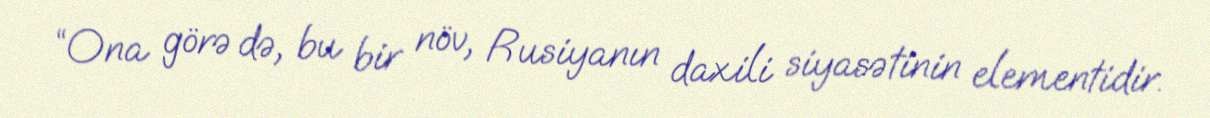
“Ona görə də, bu bir növ, Rusiyanın daxili siyasətinin elementidir.